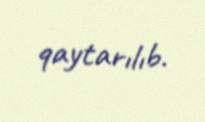
qaytarılıb.